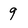
Character: 9